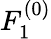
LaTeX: F_{1}^{(0)}